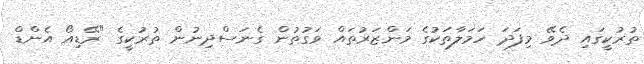
ތުރުކީގައި ދެވޭ މިފަދަ ހަމަލާތަކުގެ މަންޒަރުތައް ވަގުތުން ގެނަސްދިނުން ތުރުކީގެ "ރޭޑިއޯ އެންޑް